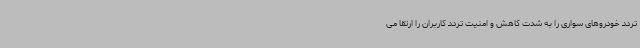
تردد خودروهای سواری را به شدت کاهش و امنیت تردد کاربران را ارتقا می